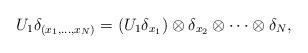
LaTeX: \begin{align*}U_1\delta_{(x_1,...,x_N)}=\left(U_1\delta_{x_1}\right)\otimes\delta_{x_2}\otimes\cdots\otimes\delta_N,\end{align*}